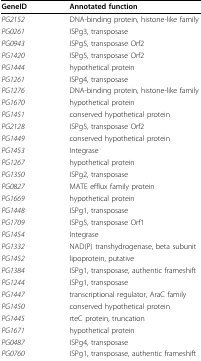
<table><thead><tr><td><b>GeneID</b></td><td><b>Annotated function</b></td></tr></thead><tbody><tr><td><i>PG2152</i></td><td>DNA-binding protein, histone-like family</td></tr><tr><td><i>PG0261</i></td><td>ISPg3, transposase</td></tr><tr><td><i>PG0943</i></td><td>ISPg5, transposase Orf2</td></tr><tr><td><i>PG1420</i></td><td>ISPg5, transposase Orf2</td></tr><tr><td><i>PG1444</i></td><td>hypothetical protein</td></tr><tr><td><i>PG1261</i></td><td>ISPg4, transposase</td></tr><tr><td><i>PG1276</i></td><td>DNA-binding protein, histone-like family</td></tr><tr><td><i>PG1670</i></td><td>hypothetical protein</td></tr><tr><td><i>PG1451</i></td><td>conserved hypothetical protein</td></tr><tr><td><i>PG2128</i></td><td>ISPg5, transposase Orf2</td></tr><tr><td><i>PG1449</i></td><td>conserved hypothetical protein</td></tr><tr><td><i>PG1453</i></td><td>Integrase</td></tr><tr><td><i>PG1267</i></td><td>hypothetical protein</td></tr><tr><td><i>PG1350</i></td><td>ISPg2, transposase</td></tr><tr><td><i>PG0827</i></td><td>MATE efflux family protein</td></tr><tr><td><i>PG1669</i></td><td>hypothetical protein</td></tr><tr><td><i>PG1448</i></td><td>ISPg1, transposase</td></tr><tr><td><i>PG1709</i></td><td>ISPg5, transposase Orf1</td></tr><tr><td><i>PG1454</i></td><td>Integrase</td></tr><tr><td><i>PG1332</i></td><td>NAD(P) transhydrogenase, beta subunit</td></tr><tr><td><i>PG1452</i></td><td>lipoprotein, putative</td></tr><tr><td><i>PG1384</i></td><td>ISPg1, transposase, authentic frameshift</td></tr><tr><td><i>PG1244</i></td><td>ISPg1, transposase</td></tr><tr><td><i>PG1447</i></td><td>transcriptional regulator, AraC family</td></tr><tr><td><i>PG1450</i></td><td>conserved hypothetical protein</td></tr><tr><td><i>PG1445</i></td><td>rteC protein, truncation</td></tr><tr><td><i>PG1671</i></td><td>hypothetical protein</td></tr><tr><td><i>PG0487</i></td><td>ISPg4, transposase</td></tr><tr><td><i>PG0760</i></td><td>ISPg1, transposase, authentic frameshift</td></tr></tbody></table>